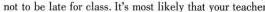
not to be late for class. It's most likely that your teacher